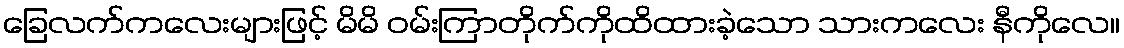
ခြေလက်ကလေးများဖြင့် မိမိ ဝမ်းကြာတိုက်ကိုထိထားခဲ့သော သားကလေး နီကိုလေ။